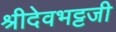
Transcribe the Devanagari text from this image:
श्रीदेवभट्टजी